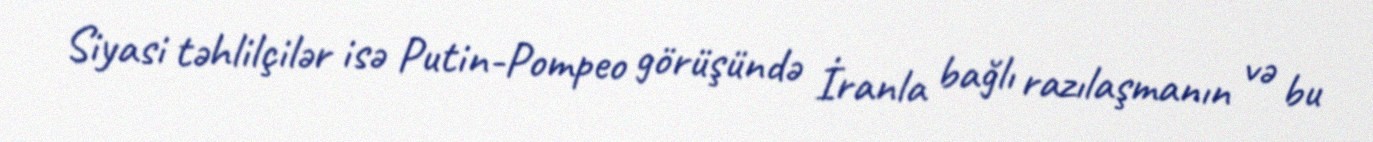
Siyasi təhlilçilər isə Putin-Pompeo görüşündə İranla bağlı razılaşmanın və bu